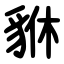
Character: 貅